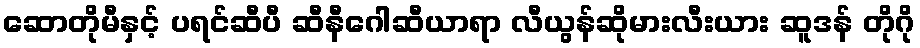
ဆောတိုမီနှင့် ပရင်ဆီပီ ဆီနီဂေါဆီယာရာ လီယွန်ဆိုမားလီးယား ဆူဒန် တိုဂို